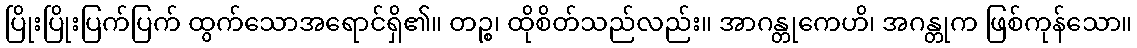
ပြိုးပြိုးပြက်ပြက် ထွက်သောအရောင်ရှိ၏။ တဉ္စ၊ ထိုစိတ်သည်လည်း။ အာဂန္တုကေဟိ၊ အဂန္တုက ဖြစ်ကုန်သော။